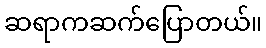
ဆရာကဆက်ပြောတယ်။